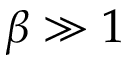
\beta \gg 1